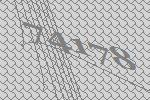
74178